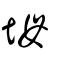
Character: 坶